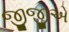
જીજીએ